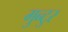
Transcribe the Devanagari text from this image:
गुन्टुर